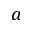
a